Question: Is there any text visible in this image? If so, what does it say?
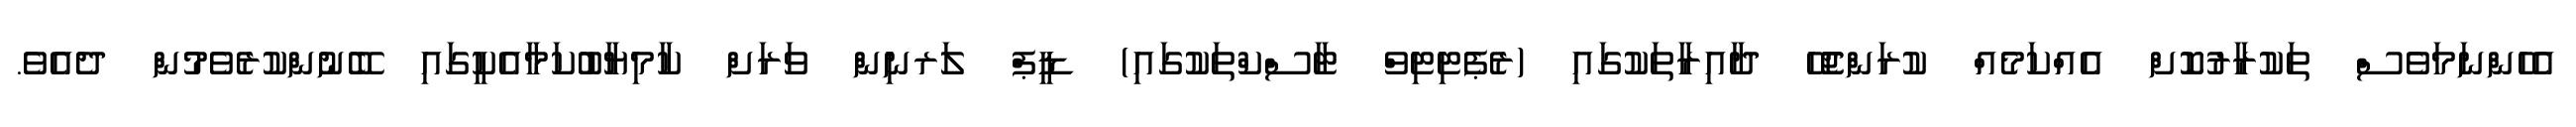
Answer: އެހެންނަމަވެސް ތަކުރާރުކޮށް އެއްކަމެއް ކުރަންޖެހޭ ދާއިރާތަކުގައި (ރެޕެޓިޓިވް ޓާސްކްތަކުގައި) ޑީޕް ލަރނިން ވަރަށް ކާމިޔާބުކަމާއެކީގައި ބޭނުންކުރެވެމުން ދެއެވެ.